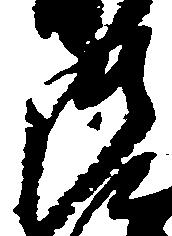
御